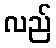
လည်